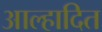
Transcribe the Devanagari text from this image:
आल्हादित